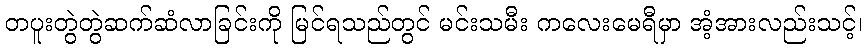
တပူးတွဲတွဲဆက်ဆံလာခြင်းကို မြင်ရသည်တွင် မင်းသမီး ကလေးမေရီမှာ အံ့အားလည်းသင့်၊